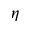
\eta